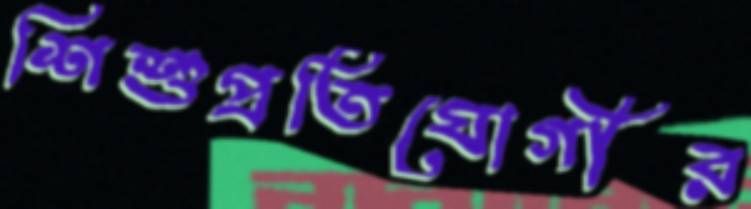
শিশুপ্রতিযোগীর